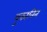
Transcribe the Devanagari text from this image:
बुकानिन